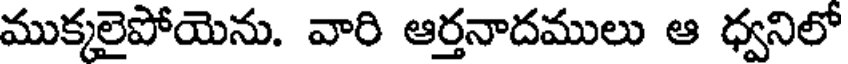
ముక్కలైపోయెను. వారి ఆర్తనాదములు ఆ ధ్వనిలో